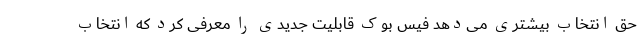
حق انتخاب بیشتری می‌دهد فیس بوک قابلیت جدیدی را معرفی کرد که انتخاب